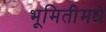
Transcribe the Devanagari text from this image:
भूमितीमधे